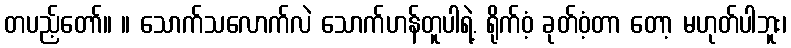
တပည့်တော်။ ။ သောက်သလောက်လဲ သောက်ဟန်တူပါရဲ့. ရိုက်ဝံ့ ခုတ်ဝံ့တာ တော့ မဟုတ်ပါဘူး၊